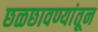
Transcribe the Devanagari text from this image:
छळछावण्यांतून